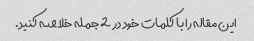
این مقاله را با کلمات خود در 2 جمله خلاصه کنید.